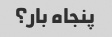
پنجاه بار؟